Annual report of the Punjab Veterinary College and of the Civil Veterinary Department, Punjab - 1894-1908
Year: 1894
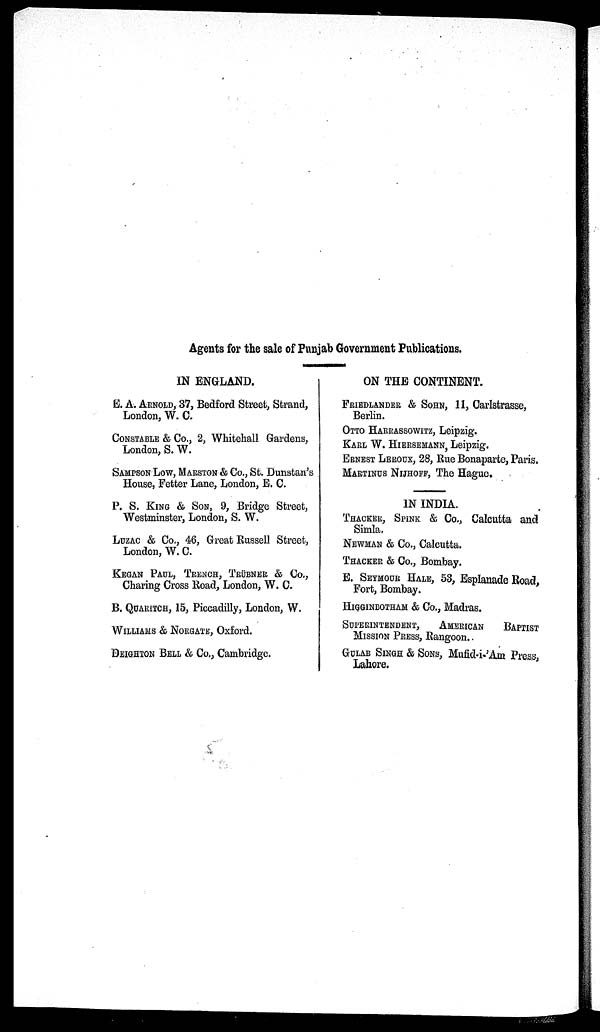
Agents for the sale of Punjab Government Publications.
IN ENGLAND.
E. A. ARNOLD, 37, Bedford Street, Strand,
London, W. C.
CONSTABLE & Co., 2, Whitehall Gardens,
London, S. W.
SAMPSON LOW, MARSTON & Co., St. Dunstan's
House, Fetter Lane, London, E. C.
P. S. KING & SON, 9, Bridge Street,
Westminster, London, S. W.
LUZAC & Co., 46, Great Russell Street,
London, W. C.
KEGAN PAUL, TRENCH, TRÜBNER & Co.,
Charing Cross Road, London, W. C.
B. QUARITCH, 15, Piccadilly, London, W.
WILLIAMS & NORGATE, Oxford.
DEIGHTON BELL & CO., Cambridge.
ON THE CONTINENT.
FRIEDLANDER & SOHN, 11, Carlstrasse,
Berlin.
OTTO HARRASSOWITZ, Leipzig.
KARL W. HIERSEMANN, Leipzig.
ERNEST LEROUX, 28, Rue Bonaparte, Paris.
MARTINUS NIJHOFF, The Hague.
IN INDIA.
THACKER, SPINK & Co., Calcutta and
Simla.
NEWMAN & Co., Calcutta.
THACKER & Co., Bombay.
E. SEYMOUR HALE, 53, Esplanade Road,
Fort, Bombay.
HIGGINBOTHAM & Co., Madras.
SUPERINTENDENT, AMERICAN BAPTIST
MISSION PRESS, Rangoon.
GULAB SINGH & SONS, Mufid-i-'Am Press,
Lahore.